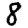
Digit: 8